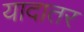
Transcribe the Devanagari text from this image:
यादातर